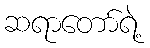
ဆရာတော်ရဲ့